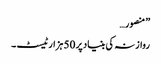
” منصور…
روازنہ کی بنیاد پر 50 ہزارٹیسٹ ۔